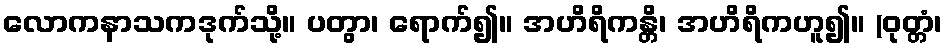
လောကနာသကဒုက်သို့။ ပတွာ၊ ရောက်၍။ အဟိရိကန္တိ၊ အဟိရိကဟူ၍။ (ဝုတ္တံ၊